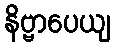
နိဗ္ဗာပေယျ